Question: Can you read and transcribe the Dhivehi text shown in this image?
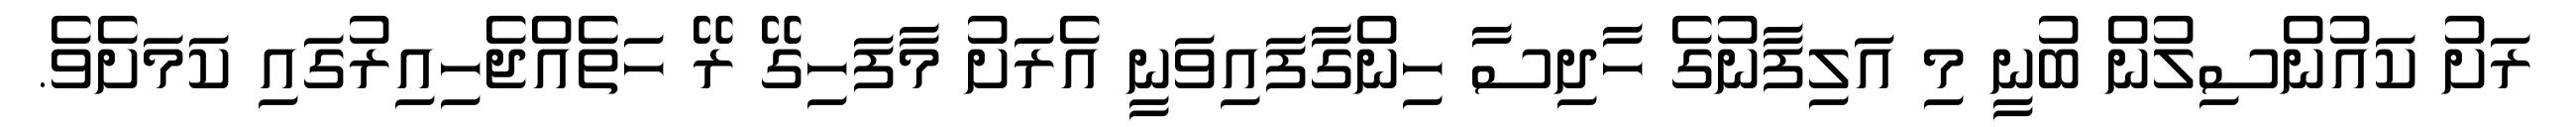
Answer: ރަށު ކައުންސިލުން ބުނީ މި އަލިފާނުގެ ހާދިސާ ހިންގާފައިވަނީ އެރަށު މާފަހިގޭ ރޭ ހަތެއްޖެހިއިރުގައި ކަމަށެވެ.